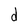
Character: d